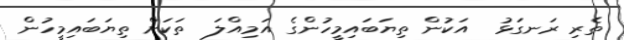
ތެރި ރަނގަޅު  އަކުން ތިޔަބައިމީހުންގެ އަމިއްލަ  ތަކަށް ތިޔަބައިމީހުން